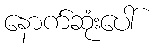
နောက်ဆုံးပေါ်